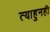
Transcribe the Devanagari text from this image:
त्याहुनही